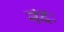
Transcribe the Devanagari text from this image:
नंदः